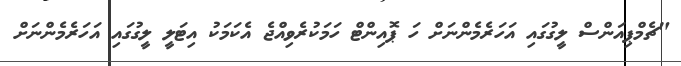
"ޗެމްޕިއަންސް ލީގުގައި އަހަރެމެންނަށް ހަ ޕޮއިންޓް ހަމަކުރެވިއްޖެ އެކަމަކު އިޓަލީ ލީގުގައި އަހަރެމެންނަށް